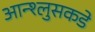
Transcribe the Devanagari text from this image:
आन्श्लुसकडे